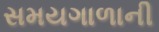
સમયગાળાની